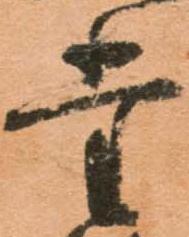
堂